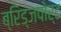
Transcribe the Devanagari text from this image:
ब्रिड्जपोर्ट